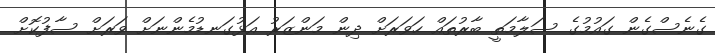
ގެނެސްގެން ގައުމުގެ ސަލާމަތީ ބާރުތައް ހަވަަރަށް ދިން މަންޒަރު އަޅުގަނޑުމެންނަށް ވަރަށް ސާފުކޮށް